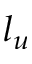
l _ { u }